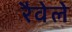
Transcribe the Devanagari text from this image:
रैवेले